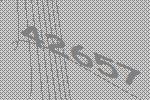
42657